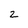
Character: 2